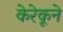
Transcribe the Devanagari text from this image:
केरेकूने